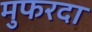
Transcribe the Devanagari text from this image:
मुफरदा